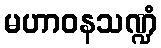
မဟာဝနသဏ္ဍံ